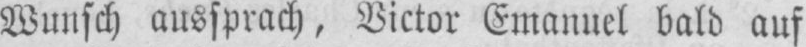
Wunsch ausprach, Victor Emanuel bald auf